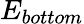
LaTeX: E_{bottom}